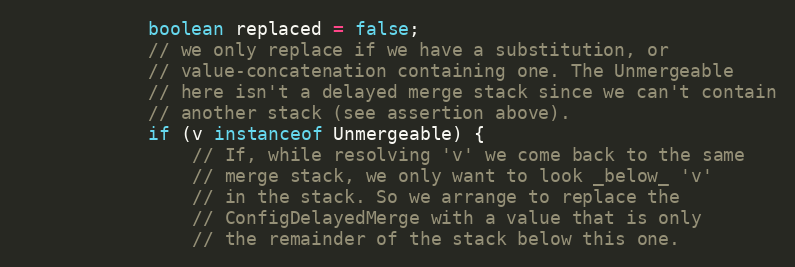
Language: Java
            boolean replaced = false;
            // we only replace if we have a substitution, or
            // value-concatenation containing one. The Unmergeable
            // here isn't a delayed merge stack since we can't contain
            // another stack (see assertion above).
            if (v instanceof Unmergeable) {
                // If, while resolving 'v' we come back to the same
                // merge stack, we only want to look _below_ 'v'
                // in the stack. So we arrange to replace the
                // ConfigDelayedMerge with a value that is only
                // the remainder of the stack below this one.